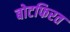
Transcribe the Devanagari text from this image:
बोटफिरत